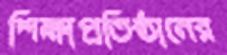
শিক্ষাপ্রতিষ্ঠানের